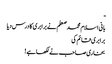
ـ
بانی اسلام محمد صعلم نے برابری کا درس دیا
برابری قائم کی
بخاری صاحب نے لکھا ہے !